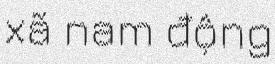
xã nam động